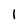
Character: 1